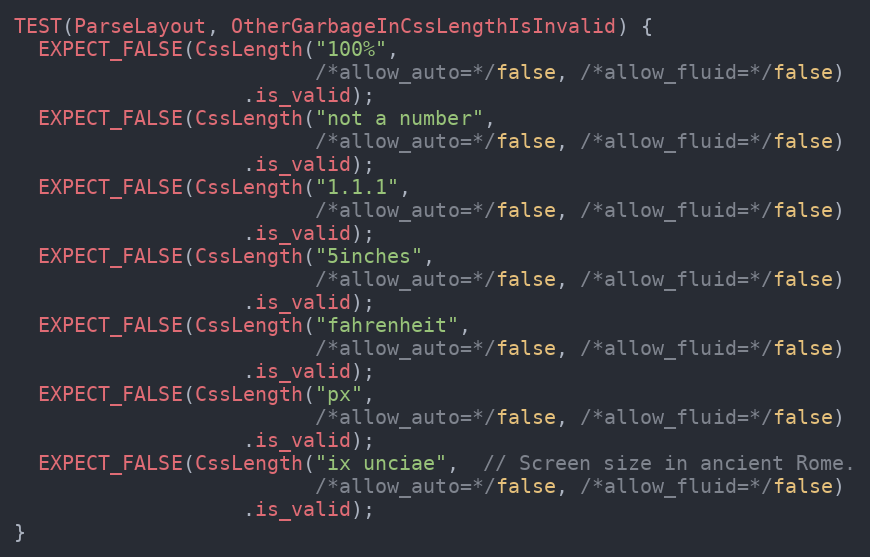
Language: C++
TEST(ParseLayout, OtherGarbageInCssLengthIsInvalid) {
  EXPECT_FALSE(CssLength("100%",
                         /*allow_auto=*/false, /*allow_fluid=*/false)
                   .is_valid);
  EXPECT_FALSE(CssLength("not a number",
                         /*allow_auto=*/false, /*allow_fluid=*/false)
                   .is_valid);
  EXPECT_FALSE(CssLength("1.1.1",
                         /*allow_auto=*/false, /*allow_fluid=*/false)
                   .is_valid);
  EXPECT_FALSE(CssLength("5inches",
                         /*allow_auto=*/false, /*allow_fluid=*/false)
                   .is_valid);
  EXPECT_FALSE(CssLength("fahrenheit",
                         /*allow_auto=*/false, /*allow_fluid=*/false)
                   .is_valid);
  EXPECT_FALSE(CssLength("px",
                         /*allow_auto=*/false, /*allow_fluid=*/false)
                   .is_valid);
  EXPECT_FALSE(CssLength("ix unciae",  // Screen size in ancient Rome.
                         /*allow_auto=*/false, /*allow_fluid=*/false)
                   .is_valid);
}